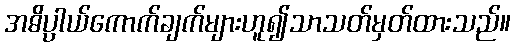
အဓိပ္ပာယ်ကောက်ချက်များဟူ၍သာသတ်မှတ်ထားသည်။